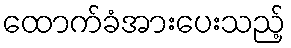
ထောက်ခံအားပေးသည့်